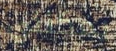
يمكنني